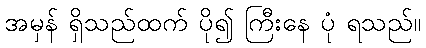
အမှန် ရှိသည်ထက် ပို၍ ကြီးနေ ပုံ ရသည်။